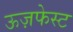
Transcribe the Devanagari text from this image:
ऊज़फेस्ट